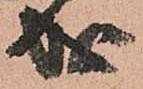
成